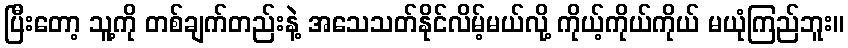
ပြီးတော့ သူ့ကို တစ်ချက်တည်းနဲ့ အသေသတ်နိုင်လိမ့်မယ်လို့ ကိုယ့်ကိုယ်ကိုယ် မယုံကြည်ဘူး။